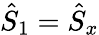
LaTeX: \hat{S}_{1}=\hat{S}_{x}